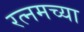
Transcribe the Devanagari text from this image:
रत्नमच्या